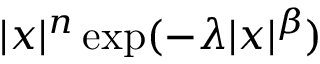
| x | ^ { n } \exp ( - \lambda | x | ^ { \beta } )